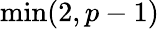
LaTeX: \operatorname*{min}(2,p-1)